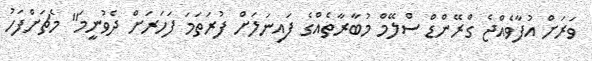
ވަރަށް އުފާވެއްޖެ ގްރޭންޑް ސްލޭމް މުބާރާތެއްގެ ފައިނަލަށް ފުރަތަމަ ފަހަރަށް ދެވުނީމަ" މެޗަށްފަހު